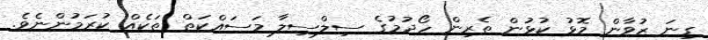
ގިނަ ޒުވާން މޮޅު ކުޅުން ތެރިން ހޯދުމުގެ ސިލްސިލާ މަސައްކަތް ތަކެއް ކުރަމުންނެވެ.